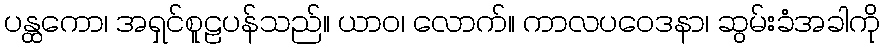
ပန္ထကော၊ အရှင်စူဠပန်သည်။ ယာဝ၊ လောက်။ ကာလပဝေဒနာ၊ ဆွမ်းခံအခါကို